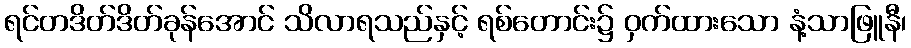
ရင်တဒိတ်ဒိတ်ခုန်အောင် သိလာရသည်နှင့် ရစ်တောင်း၌ ဝှက်ထားသော နံ့သာဖြူနီ၊